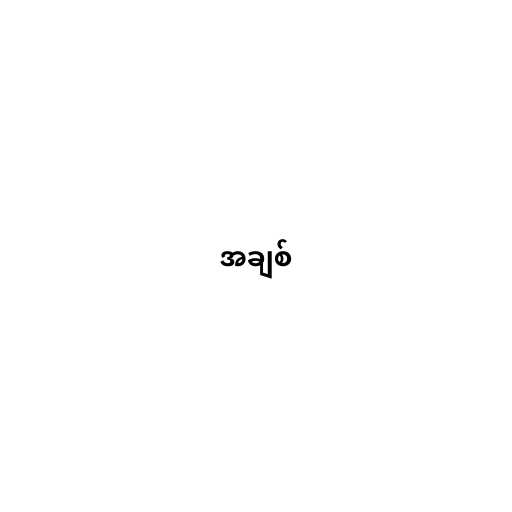
အချစ်